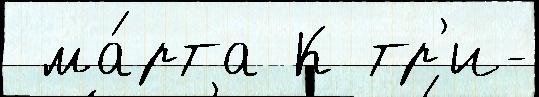
 ма́рта К тр'и-